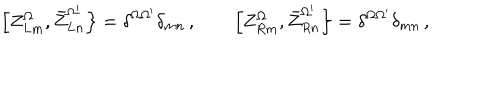
LaTeX: \left[ Z _ { L m } ^ { \Omega } , \bar { Z } _ { L n } ^ { \Omega ^ { \prime } } \right\} = \delta ^ { \Omega \Omega ^ { \prime } } \delta _ { m n } \, , \qquad \left[ Z _ { R m } ^ { \Omega } , \bar { Z } _ { R n } ^ { \Omega ^ { \prime } } \right\} = \delta ^ { \Omega \Omega ^ { \prime } } \delta _ { m n } \, ,